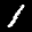
Label: 1